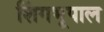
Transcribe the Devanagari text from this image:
शिंगभूपाल